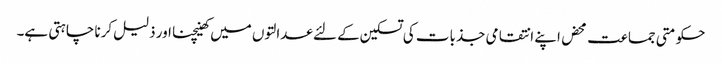
حکومتی جماعت محض اپنے انتقامی جذبات کی تسکین کے لئے عدالتوں میں کھینچنا اور ذلیل کرنا چاہتی ہے۔